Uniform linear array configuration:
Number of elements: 4
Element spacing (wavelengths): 0.75
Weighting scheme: binomial
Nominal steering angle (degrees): -30
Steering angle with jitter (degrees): -30.833
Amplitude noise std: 0.05
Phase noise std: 0.05

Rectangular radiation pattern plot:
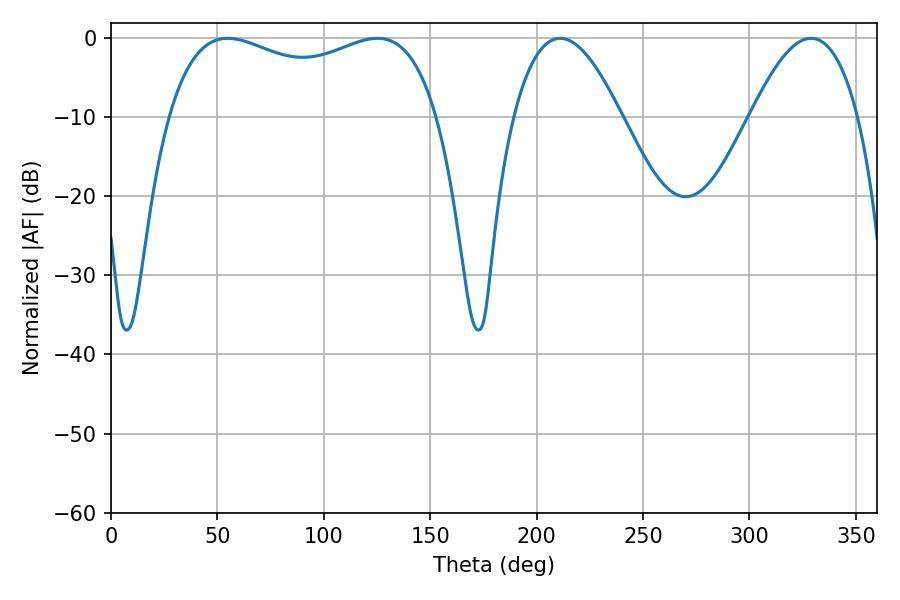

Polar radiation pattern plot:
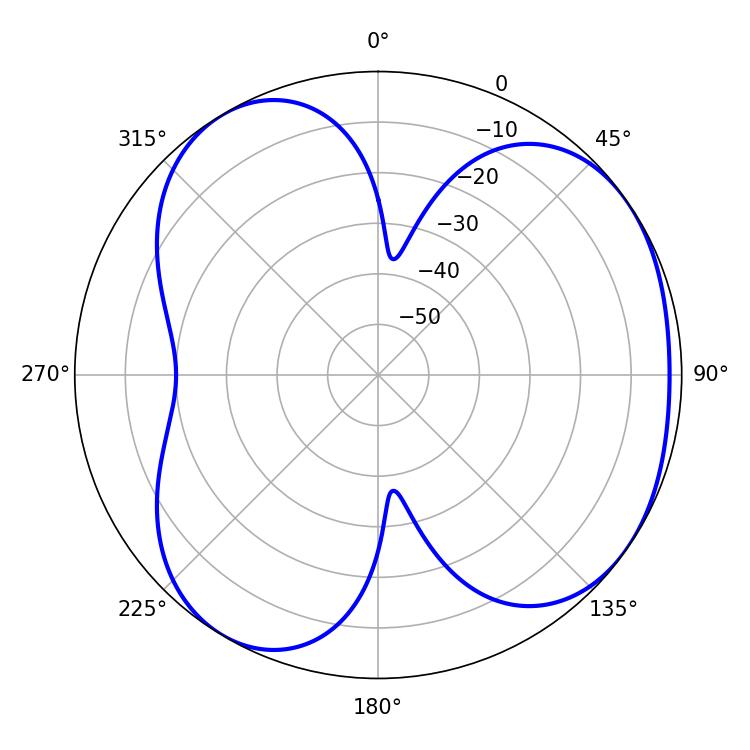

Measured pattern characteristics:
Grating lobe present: TRUE
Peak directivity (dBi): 4.451
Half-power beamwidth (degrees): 104.04
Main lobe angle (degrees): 54.9